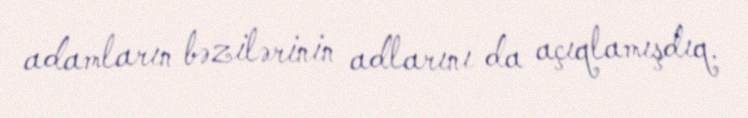
adamların bəzilərinin adlarını da açıqlamışdıq.